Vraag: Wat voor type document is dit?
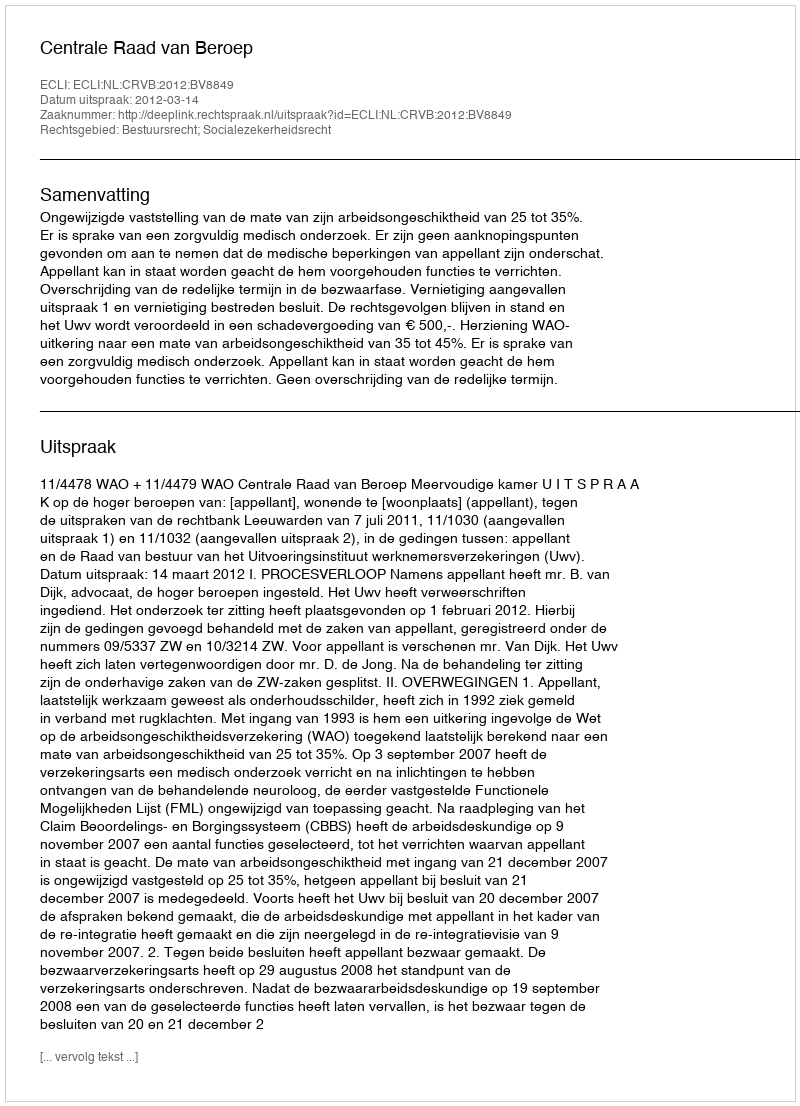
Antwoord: Uitspraak